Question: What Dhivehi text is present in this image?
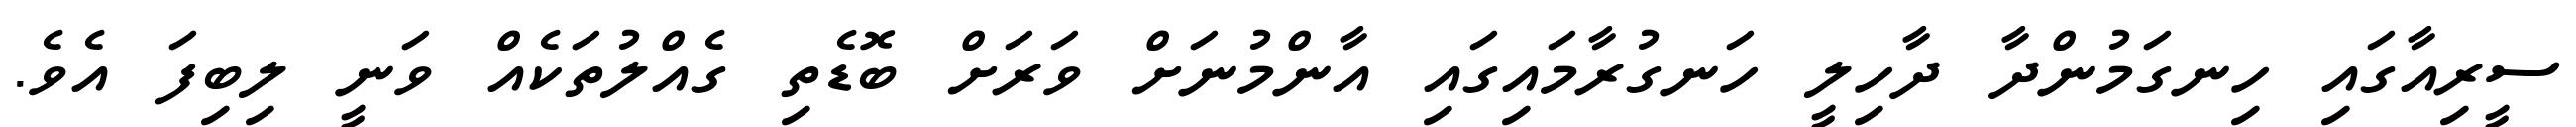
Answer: ސީރިއާގައި ހިނގަމުންދާ ދާހިލީ ހަނގުރާމައިގައި އާންމުނަށް ވަރަށް ބޮޑެތި ގެއްލުތަކެއް ވަނީ ލިބިފަ އެވެ.